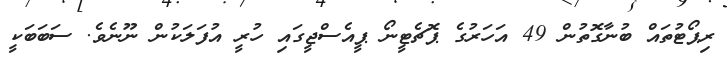
ރިޕޯޓުތައް ބުނާގޮތުން 49 އަހަރުގެ ޕޮޗެޓީނޯ ޕީއެސްޖީގައި ހުރީ އުފަލަކުން ނޫނެވެ. ސަބަބަކީ